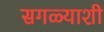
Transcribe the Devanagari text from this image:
सगळ्याशी